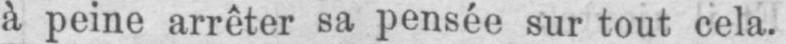
à peine arrêter sa pensée sur tout cela.